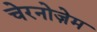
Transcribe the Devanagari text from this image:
चेरनोज़ेम